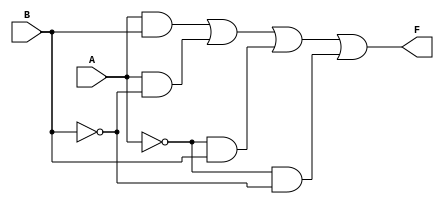
module two_variable_kmap (
    input wire A,    // First input variable
    input wire B,    // Second input variable
    output wire F    // Output representing the simplified boolean expression
);

// Implementing the K-map logic
// The output F can be derived from the truth table:
// F = A'B' + A'B + AB' + AB
// This simplifies to F = A + B (if all cells are 1)
// Adjust the expression based on your specific K-map grouping

assign F = (A & B) | (A & ~B) | (~A & B) | (~A & ~B); // This represents F = 1 for all combinations

endmodule